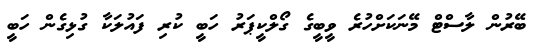
ބޭރުން ލާސްޓް މޭނަކަށްހުރެ ވީބީގެ ގޯލްކީޕަރު ހަބީ ކުރި ފައުލަކާ ގުޅިގެން ހަބީ